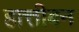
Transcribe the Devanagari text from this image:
हात्तीबन